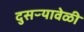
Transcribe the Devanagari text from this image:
दुसऱ्यावेळी